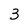
Character: 3